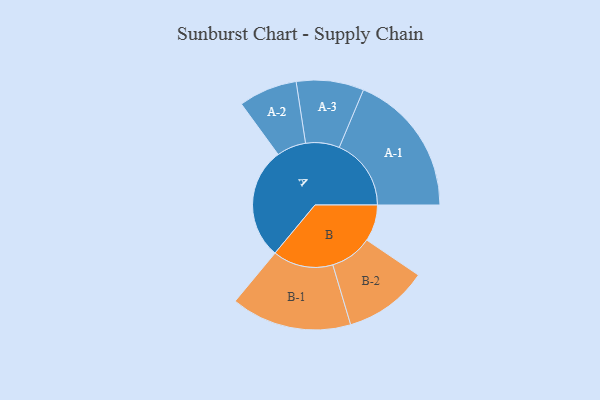
{"axis": {"x": "Segment", "y": "Value"}, "legend": ["", "A", "B"], "data": [{"x": "A", "y": 403, "type": ""}, {"x": "B", "y": 132, "type": ""}, {"x": "A-1", "y": 260, "type": "A"}, {"x": "A-2", "y": 106, "type": "A"}, {"x": "A-3", "y": 122, "type": "A"}, {"x": "B-1", "y": 218, "type": "B"}, {"x": "B-2", "y": 152, "type": "B"}]}